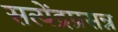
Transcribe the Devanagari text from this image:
सत्येंद्रप्रसन्न